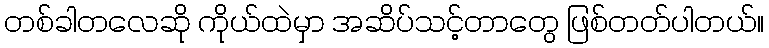
တစ်ခါတလေဆို ကိုယ်ထဲမှာ အဆိပ်သင့်တာတွေ ဖြစ်တတ်ပါတယ်။